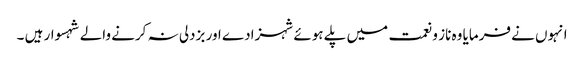
انہوں نے فرمایا وہ ناز و نعمت میں پلے ہوئے شہزادے اور بزدلی نہ کرنے والے شہسوار ہیں ۔